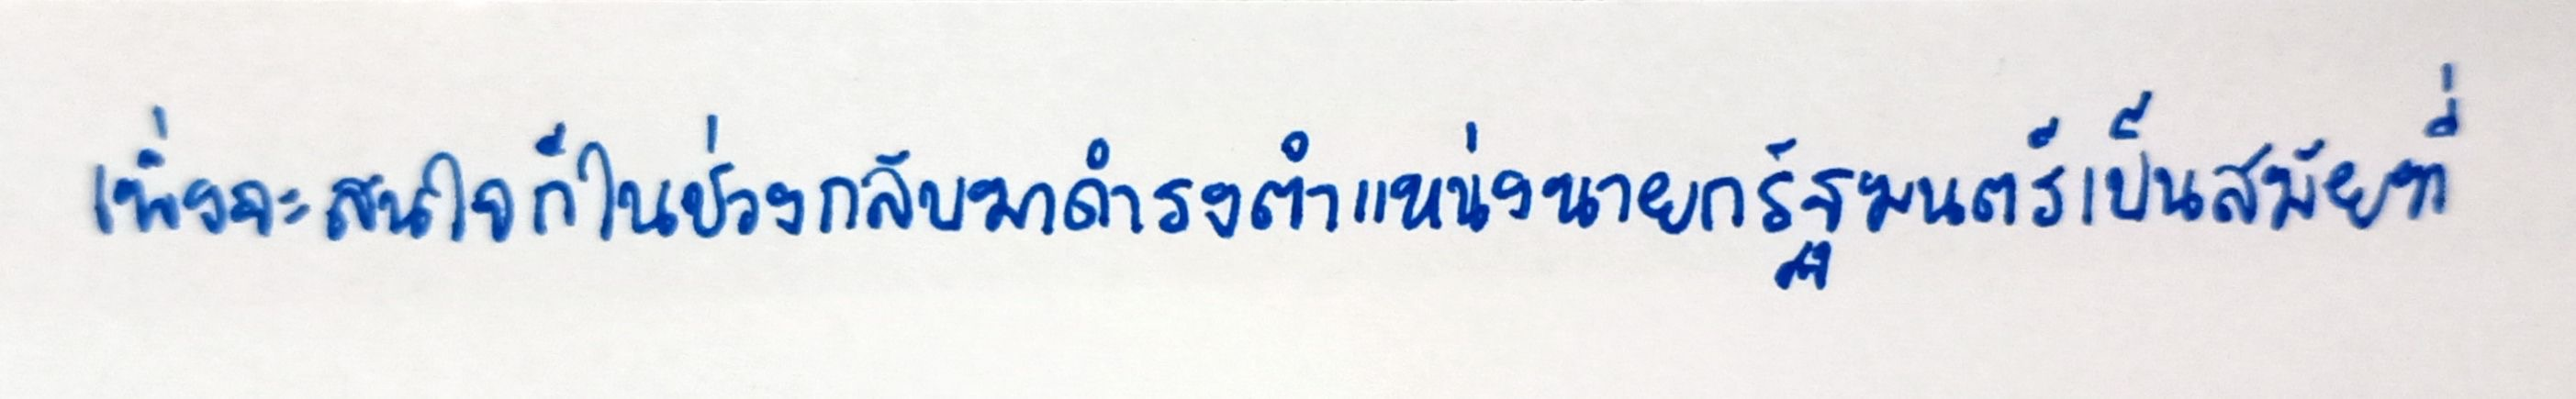
เพิ่งจะสนใจก็ในช่วงกลับมาดำรงตำแหน่งนายกรัฐมนตรีเป็นสมัยที่